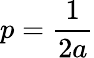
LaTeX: p={\frac{1}{2a}}